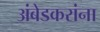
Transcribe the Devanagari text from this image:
अंबेडकरांना